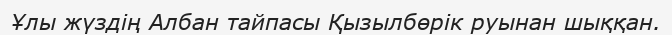
Ұлы жүздің Албан тайпасы Қызылбөрік руынан шыққан.